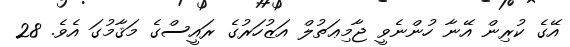
އޭގެ ކުރިން އޭނާ ހުންނެވީ ޖާމިޢަތުލް އަޒުހަރުގެ ރައީސްގެ މަޤާމުގަ އެވެ. 28